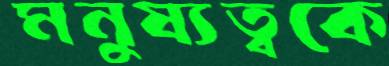
মনুষ্যত্বকে